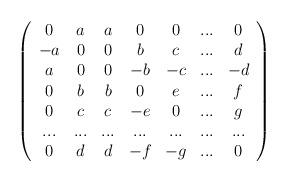
LaTeX: \begin{align*}\left( \begin{array}{ccccccc}0 & a & a & 0 & 0 & ... & 0 \\ -a & 0 & 0 & b & c & ... & d \\ a & 0 & 0 & -b & -c & ... & -d \\ 0 & b & b & 0 & e & ... & f \\ 0 & c & c & -e & 0 & ... & g \\ ... & ... & ... & ... & ... & ... & ... \\ 0 & d & d & -f & -g & ... & 0\end{array}\right) \end{align*}